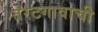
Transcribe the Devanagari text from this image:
तरटगावाची